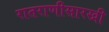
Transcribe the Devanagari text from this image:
रातराणीसारखी